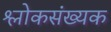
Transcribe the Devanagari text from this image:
श्लोकसंख्यक